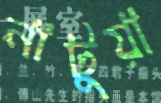
নাটুয়া